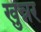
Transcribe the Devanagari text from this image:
खुन्नर